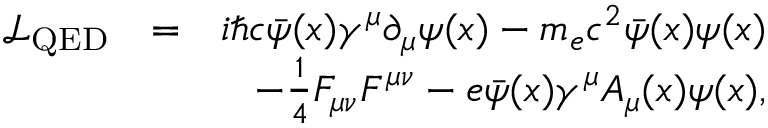
\begin{array} { r } { \begin{array} { r l r } { \mathcal { L } _ { \mathrm { Q E D } } } & { = } & { i \hbar c \bar { \psi } ( x ) \gamma ^ { \mu } \partial _ { \mu } \psi ( x ) - m _ { e } c ^ { 2 } \bar { \psi } ( x ) \psi ( x ) } \\ & { } & { - \frac { 1 } { 4 } F _ { \mu \nu } F ^ { \mu \nu } - e \bar { \psi } ( x ) \gamma ^ { \mu } A _ { \mu } ( x ) \psi ( x ) , } \end{array} } \end{array}